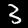
Label: 3